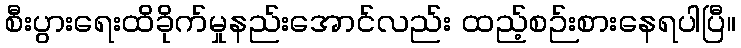
စီးပွားရေးထိခိုက်မှုနည်းအောင်လည်း ထည့်စဉ်းစားနေရပါပြီ။